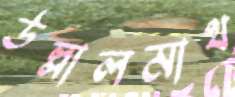
উল্লালমাথ